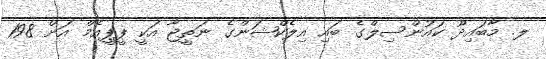
ލ. މާބައިދޫ ކައުންސިލްގެ ބައި އިލެކްޝަންގެ ނަތީޖާ އަކީ ޕީޕީއެމް އަށް 198